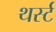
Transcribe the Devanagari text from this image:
थर्स्ट